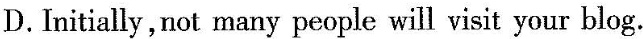
D.Initially,not many people will visit your blog.